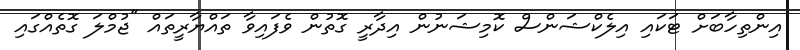
އިންތިހާބަށް ޓަކައި އިލެކްޝަންސް ކޮމިޝަނުން އިދާރީ ގޮތުން ވެފައިވާ ތައްޔާރީތައް "ޖުމްލަ ގޮތެއްގައި